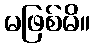
မဖြစ်မိ။